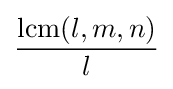
\operatorname {lcm} (l,m,n) \over l